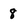
Character: 8